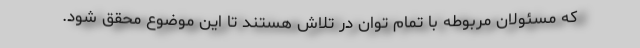
که مسئولان مربوطه با تمام توان در تلاش هستند تا این موضوع محقق شود.